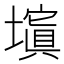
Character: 𡒆